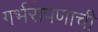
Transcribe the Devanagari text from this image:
गर्भरोपणाची